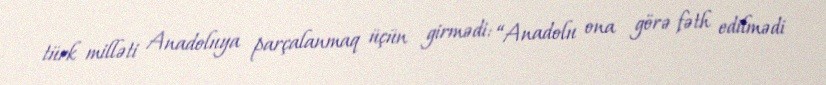
türk milləti Anadoluya parçalanmaq üçün girmədi: “Anadolu ona görə fəth edilmədi